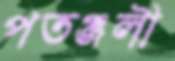
পতঞ্জলী